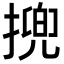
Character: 㨮